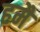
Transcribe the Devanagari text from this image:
हमैं